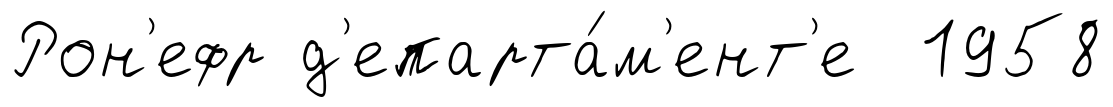
Рон'ефр д'епарта́м'ент'е 1958